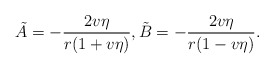
\begin{align*} \tilde{A}=-\frac{2v\eta}{r(1+v\eta)},\tilde{B}=-\frac{2v\eta}{r(1-v\eta)}. \end{align*}